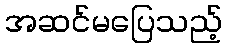
အဆင်မပြေသည့်